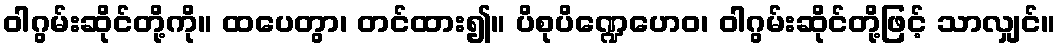
ဝါဂွမ်းဆိုင်တို့ကို။ ထပေတွာ၊ တင်ထား၍။ ပိစုပိဏ္ဍေဟေဝ၊ ဝါဂွမ်းဆိုင်တို့ဖြင့် သာလျှင်။